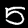
Digit: 5